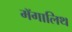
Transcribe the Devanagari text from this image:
मॅगालिथ